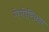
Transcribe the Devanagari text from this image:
गेगोरियन